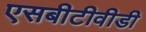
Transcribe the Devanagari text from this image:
एसबीटीवीडी